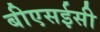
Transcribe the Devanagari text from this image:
बीएसईसी